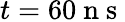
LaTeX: t=60\mathrm{~n~s~}